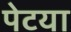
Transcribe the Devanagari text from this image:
पेटया